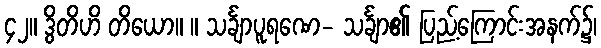
၄၂။ ဒွိတိဟိ တိယော။ ။ သင်္ချာပူရဏေ- သင်္ချာ၏ ပြည့်ကြောင်းအနက်၌၊